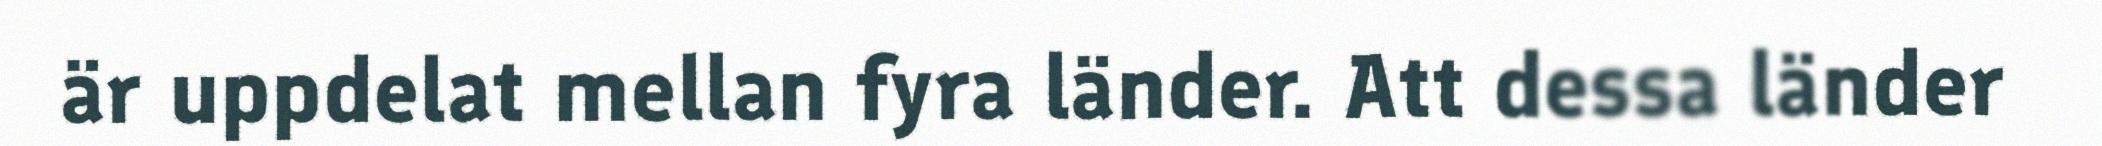
är uppdelat mellan fyra länder. Att dessa länder